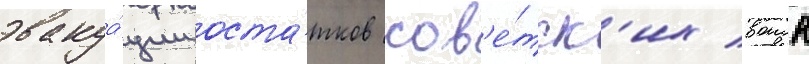
эвакуа́ции оста́тков сов'е́тск'их воиск